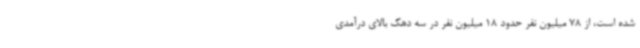
شده است، از 78 میلیون نفر حدود 18 میلیون نفر در سه دهک بالای درآمدی